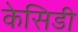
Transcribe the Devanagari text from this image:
केसिडी